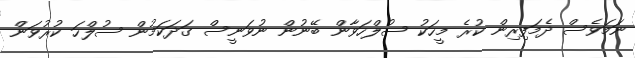
ނަމަވެސް ދެމަފިރިން ކުރެ މީހަކު ސުލްހަވާން ބޭނުން ނުވަނީސް ގަދަކަމުން ސުލްހަ ކުރުވަން